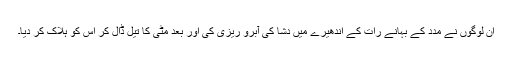
ان لوگوں نے مدد کے بہانے رات کے اندھیرے میں دشا کی آبرو ریزی کی اور بعد مٹی کا تیل ڈال کر اس کو ہلاک کر دیا۔